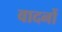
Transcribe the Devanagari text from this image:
वादनों